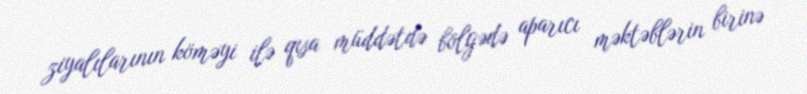
ziyalılarının köməyi ilə qısa müddətdə bölgədə aparıcı məktəblərin birinə